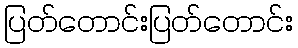
ပြတ်တောင်းပြတ်တောင်း